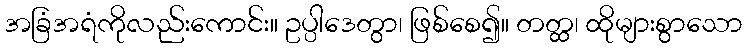
အခြံအရံကိုလည်းကောင်း။ ဥပ္ပါဒေတွာ၊ ဖြစ်စေ၍။ တတ္ထ၊ ထိုများစွာသော